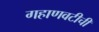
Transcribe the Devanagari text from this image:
गहाणवटीची